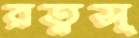
রত্নসূ